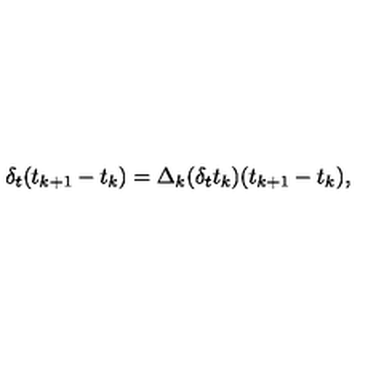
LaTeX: \delta _ { t } ( t _ { k + 1 } - t _ { k } ) = \Delta _ { k } ( \delta _ { t } t _ { k } ) ( t _ { k + 1 } - t _ { k } ) ,